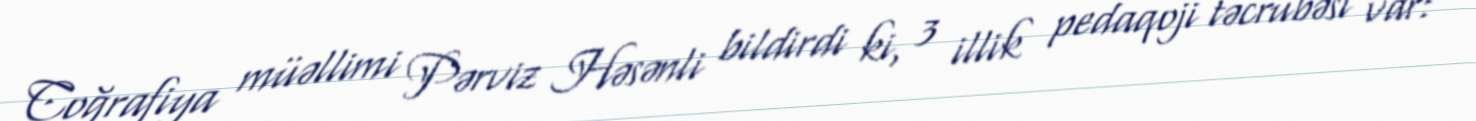
Coğrafiya müəllimi Pərviz Həsənli bildirdi ki, 3 illik pedaqoji təcrübəsi var: